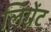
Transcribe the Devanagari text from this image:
लिग्नेंट